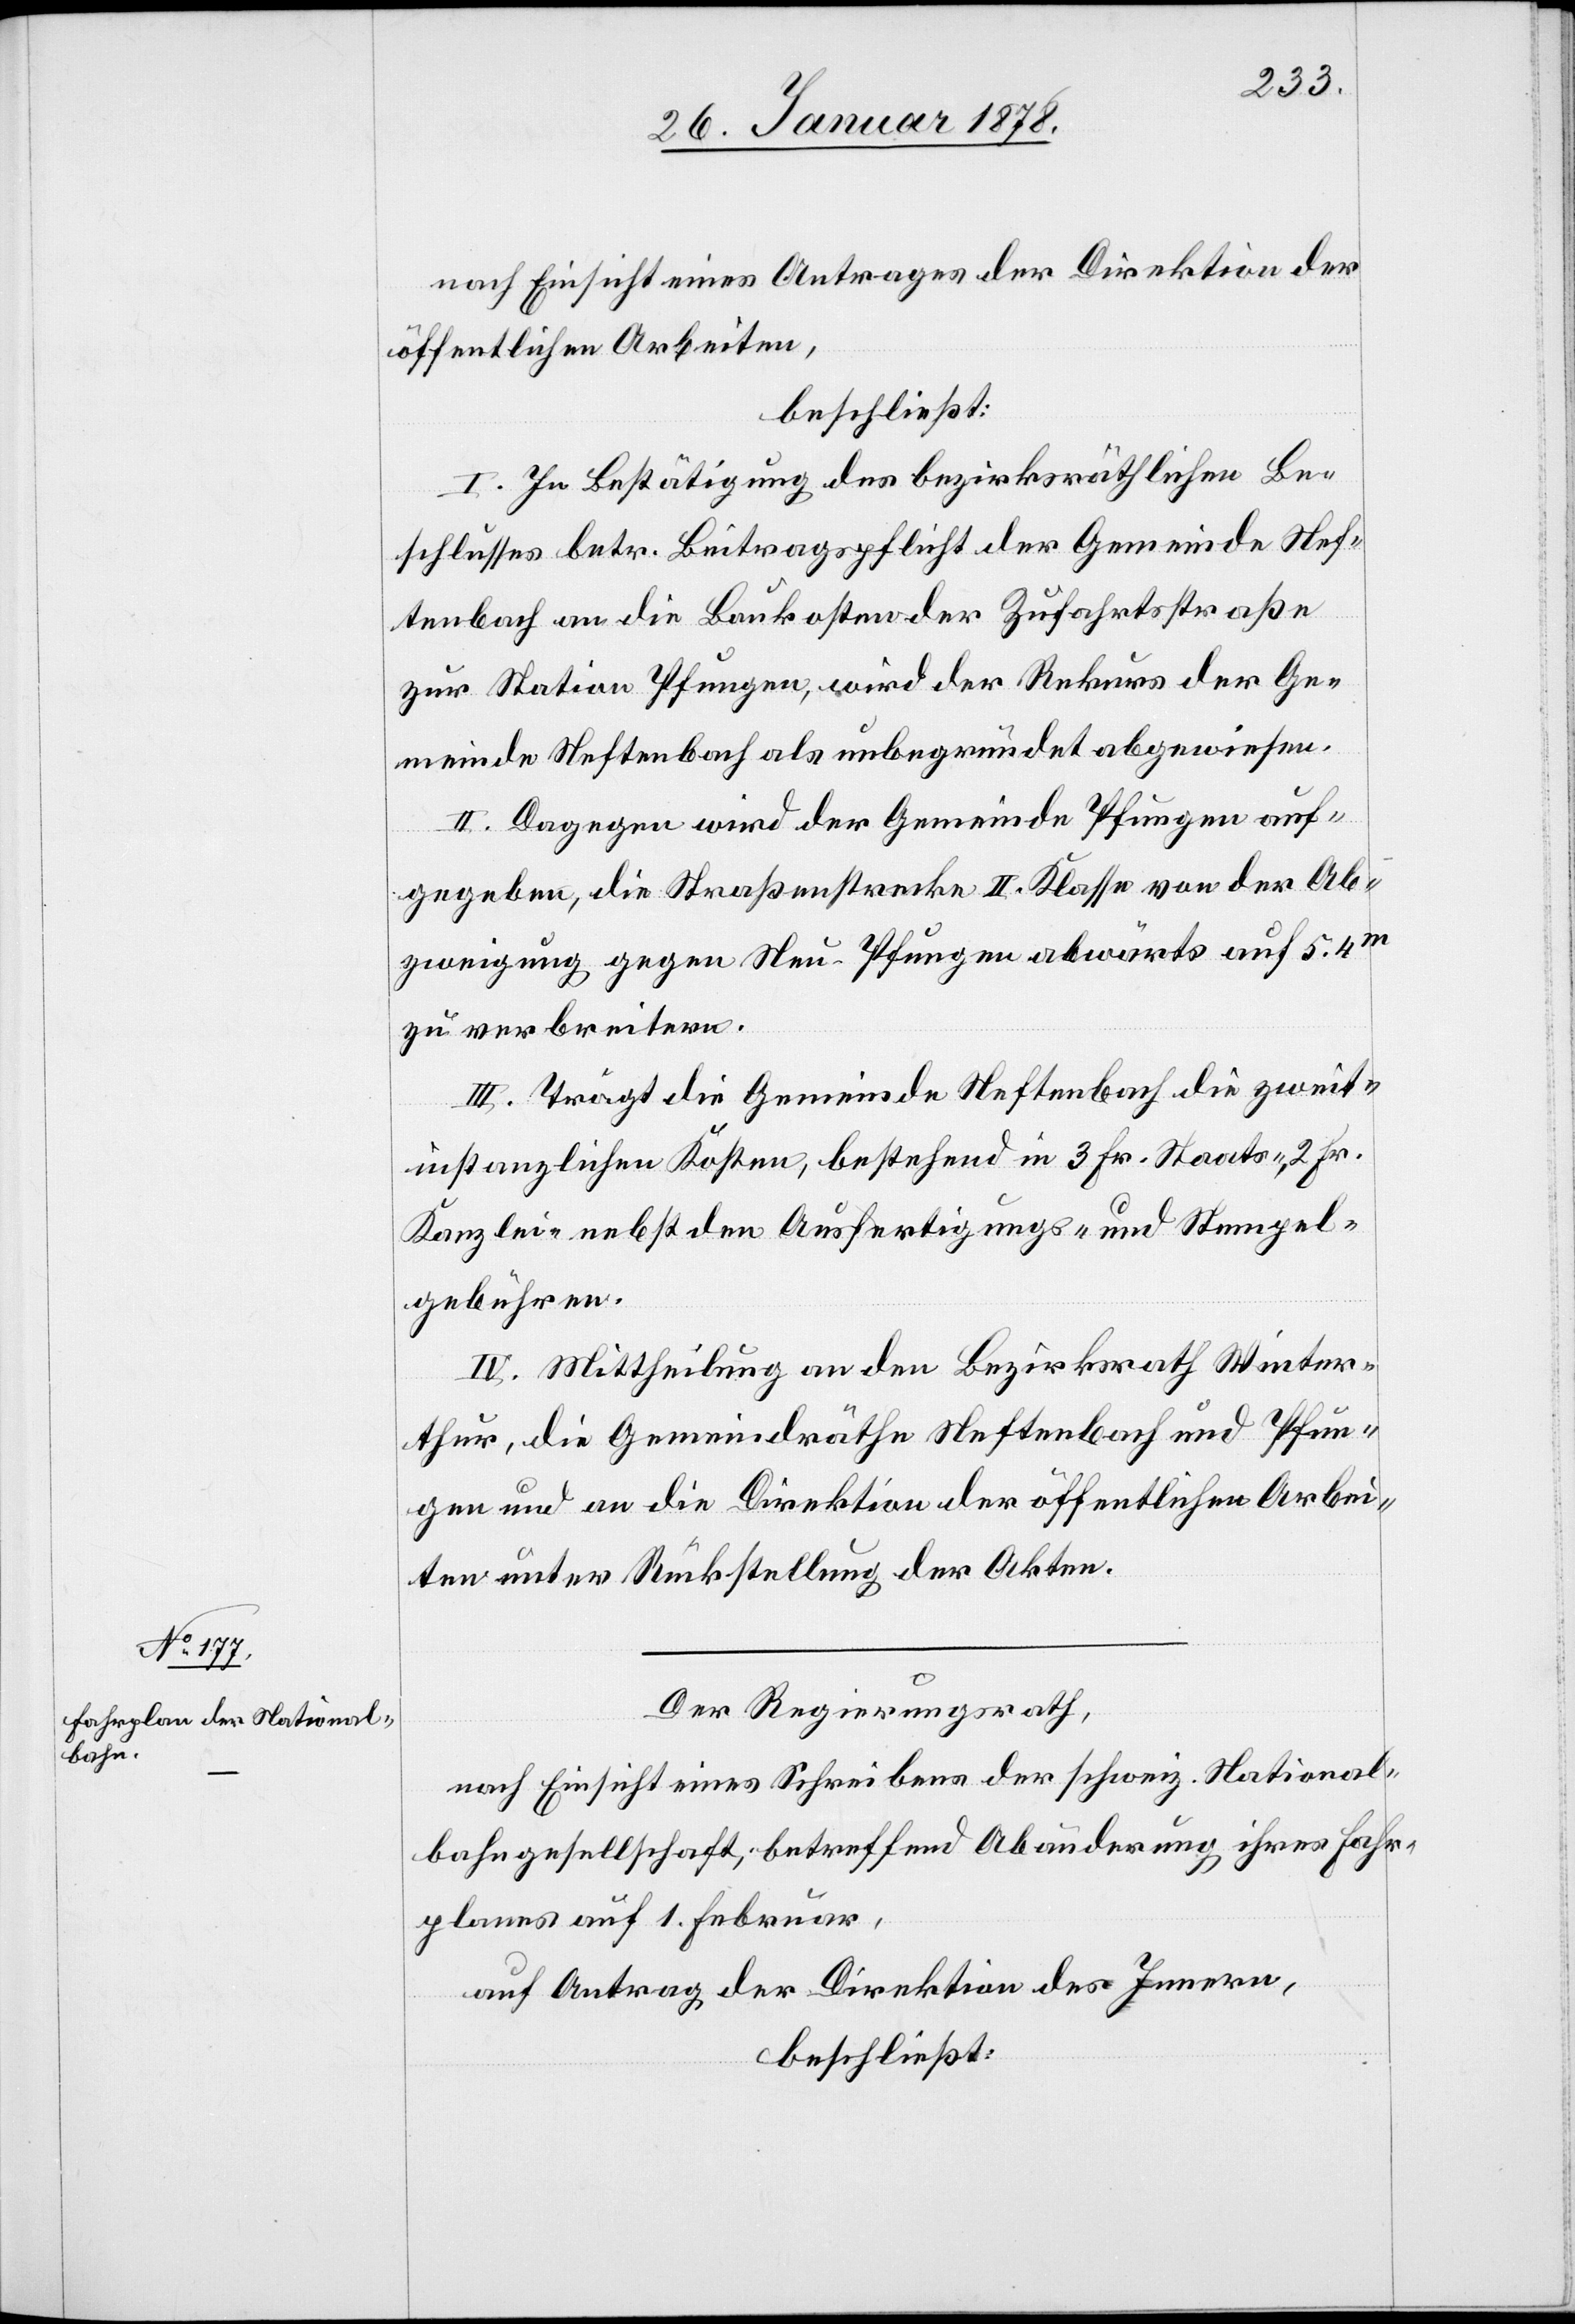
nach Einsicht eines Antrages der Direktion der
öffentlichen Arbeiten,
beschließt:
I. In Bestätigung des bezirksräthlichen Be¬
schlusses betr. Beitragspflicht der Gemeinde Nef¬
tenbach an die Baukosten der Zufahrtsstraße
zur Station Pfungen, wird der Rekurs der Ge¬
meinde Neftenbach als unbegründet abgewiesen.
II. Dagegen wird der Gemeinde Pfungen auf¬
gegeben, die Straßenstrecke II. Klasse von der Ab¬
zweigung gegen Neu-Pfungen abwärts auf 5.4
zu verbreiten.
III. Trägt die Gemeinde Neftenbach die zweit¬
instanzlichen Kosten, bestehend in 3 Fr. Staats-, 2 Fr.
Kanzlei- nebst den Ausfertigungs- und Stempel¬
gebühren.
IV. Mittheilung an den Bezirksrath Winter¬
thur, die Gemeindräthe Neftenbach und Pfun¬
gen und an die Direktion der öffentlichen Arbei¬
ten unter Rückstellung der Akten.
Der Regierungsrath,
nach Einsicht eines Schreibens der schweiz. National¬
bahngesellschaft, betreffend Abänderung ihres Fahr¬
planes auf 1. Februar,
auf Antrag der Direktion des Innern,
beschließt: